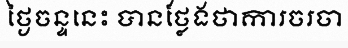
ថ្ងៃចន្ទនេះ បានថ្លែងថាការចរចា